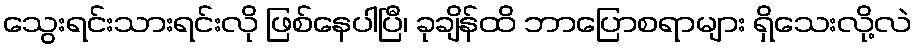
သွေးရင်းသားရင်းလို ဖြစ်နေပါပြီ၊ ခုချိန်ထိ ဘာပြောစရာများ ရှိသေးလို့လဲ